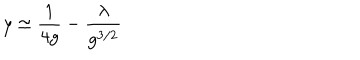
LaTeX: y \simeq \frac { 1 } { 4 g } - \frac { \lambda } { g ^ { 3 / 2 } }